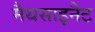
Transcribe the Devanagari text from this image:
मैथसाइनैट